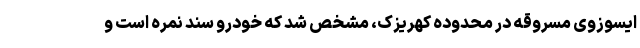
ایسوزوی مسروقه در محدوده کهریزک، مشخص شد که خودرو سند نمره است و